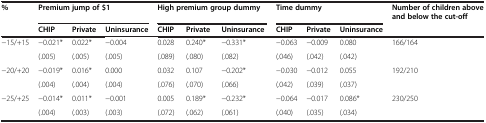
| % | <COLSPAN=3> Premium jump of $1 | <COLSPAN=3> High premium group dummy | <COLSPAN=3> Time dummy | Number of children above and below the cut-off |
 |  | CHIP | Private | Uninsurance | CHIP | Private | Uninsurance | CHIP | Private | Uninsurance |  |
 | --- | --- | --- | --- | --- | --- | --- | --- | --- | --- | --- |
 | −15/+15 | −0.021* | 0.022* | −0.004 | 0.028 | 0.240* | −0.331* | −0.063 | −0.009 | 0.080 | 166/164 |
 |  | (.005) | (.005) | (.005) | (.089) | (.080) | (.082) | (.046) | (.042) | (.042) |  |
 | −20/+20 | −0.019* | 0.016* | 0.000 | 0.032 | 0.107 | −0.202* | −0.030 | −0.012 | 0.055 | 192/210 |
 |  | (.004) | (.004) | (.004) | (.076) | (.070) | (.066) | (.042) | (.039) | (.037) |  |
 | −25/+25 | −0.014* | 0.011* | −0.001 | 0.005 | 0.189* | −0.232* | −0.064 | −0.017 | 0.086* | 230/250 |
 |  | (.004) | (.003) | (.003) | (.072) | (.062) | (.061) | (.040) | (.035) | (.034) |  |